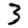
Digit: 3